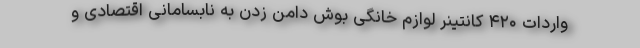
واردات ۴۲۰ کانتینر لوازم خانگی بوش دامن زدن به نابسامانی اقتصادی و